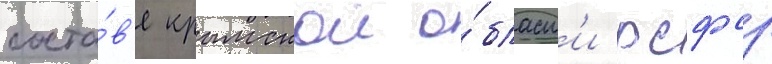
соста́в'е крымскои о́бласт'и рсфср